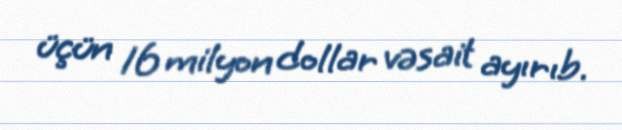
üçün 16 milyon dollar vəsait ayırıb.